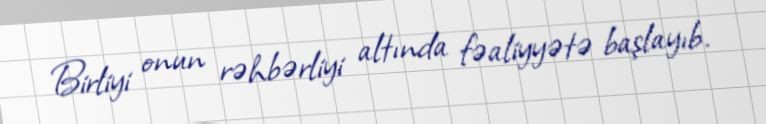
Birliyi onun rəhbərliyi altında fəaliyyətə başlayıb.